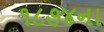
૧૮૭૪ના